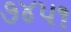
૭૪૫૧